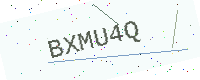
Text: BXMU4Q